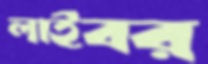
লাইবর